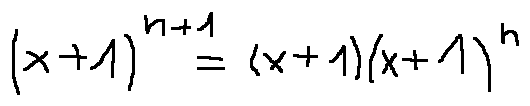
( x + 1 ) ^ { n + 1 } = ( x + 1 ) ( x + 1 ) ^ { n }